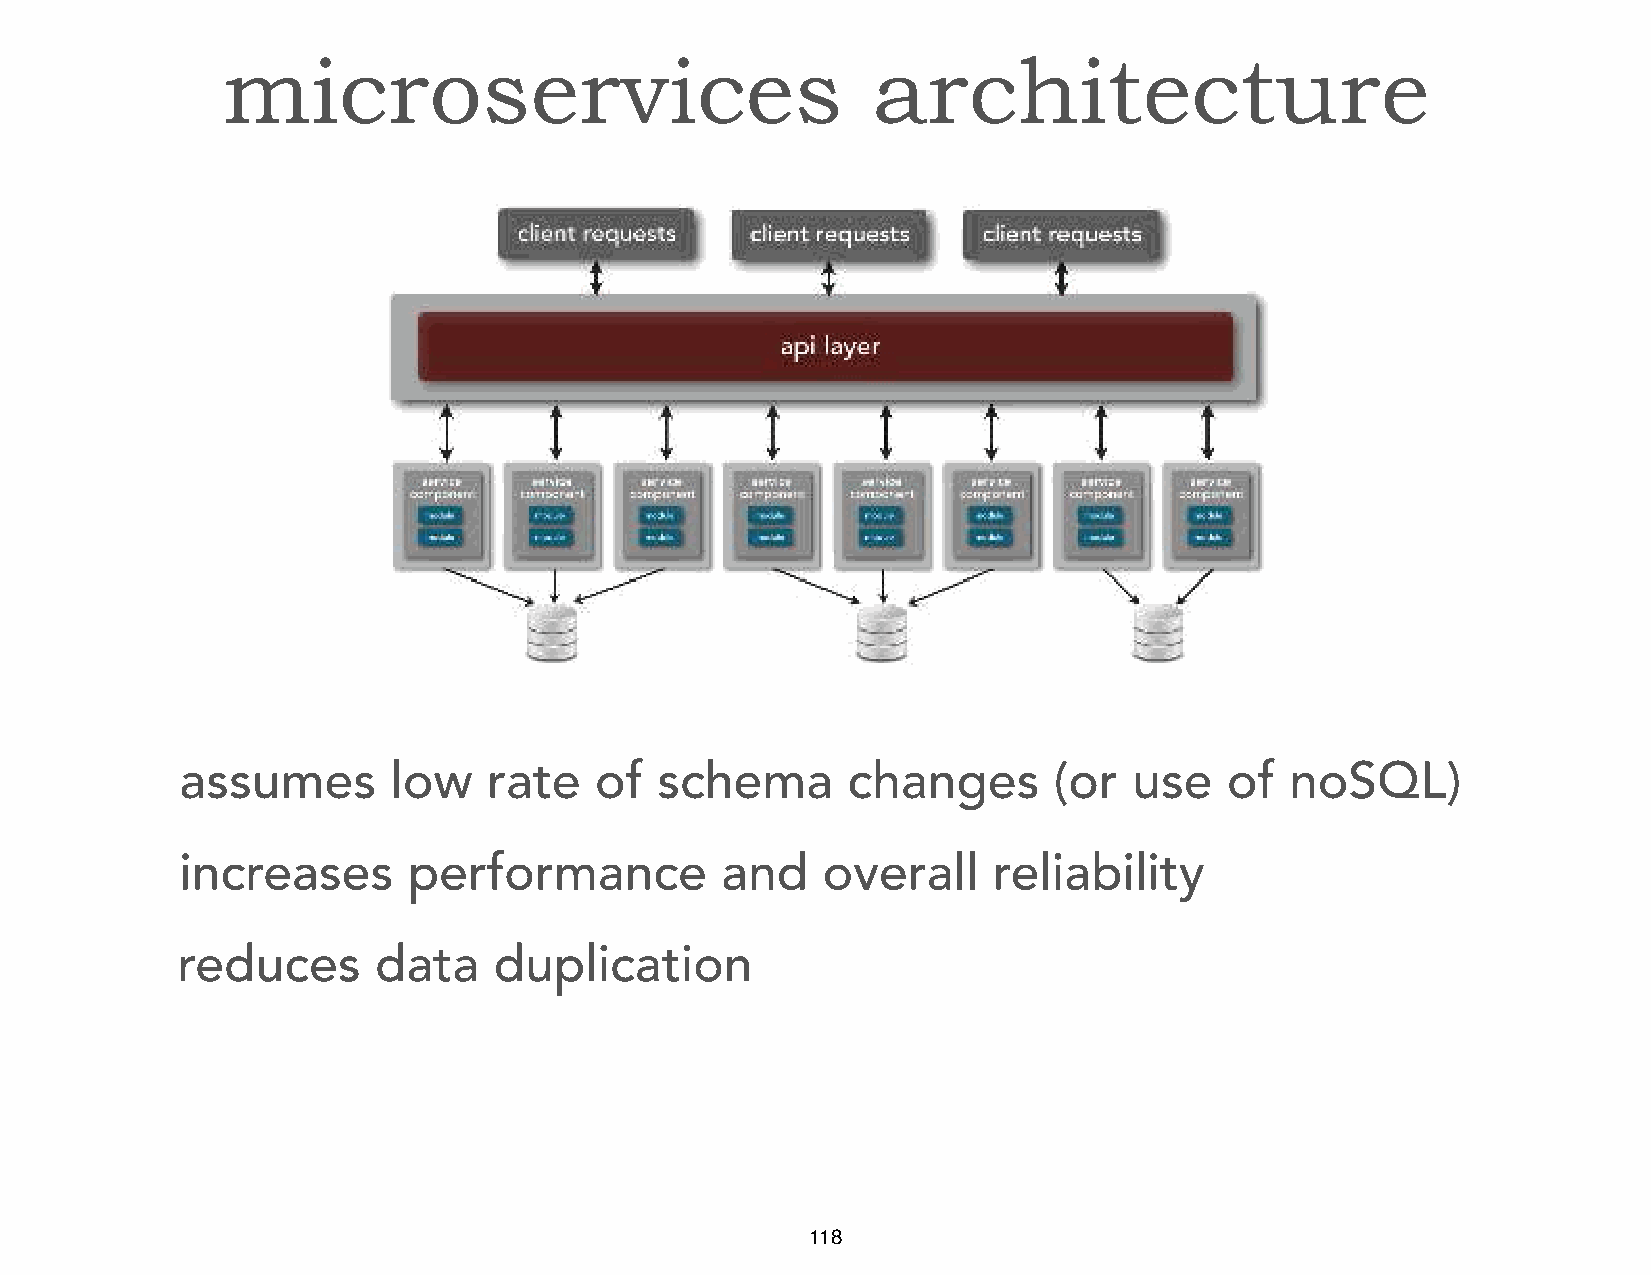
microservices                              architecture
 assumes       low   rate   of  schema       changes       (or  use   of  noSQL)
 increases      performance          and   overall     reliability
 reduces      data    duplication
 118